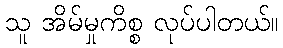
သူ အိမ်မှုကိစ္စ လုပ်ပါတယ်။